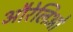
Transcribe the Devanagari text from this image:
औरेलिओ